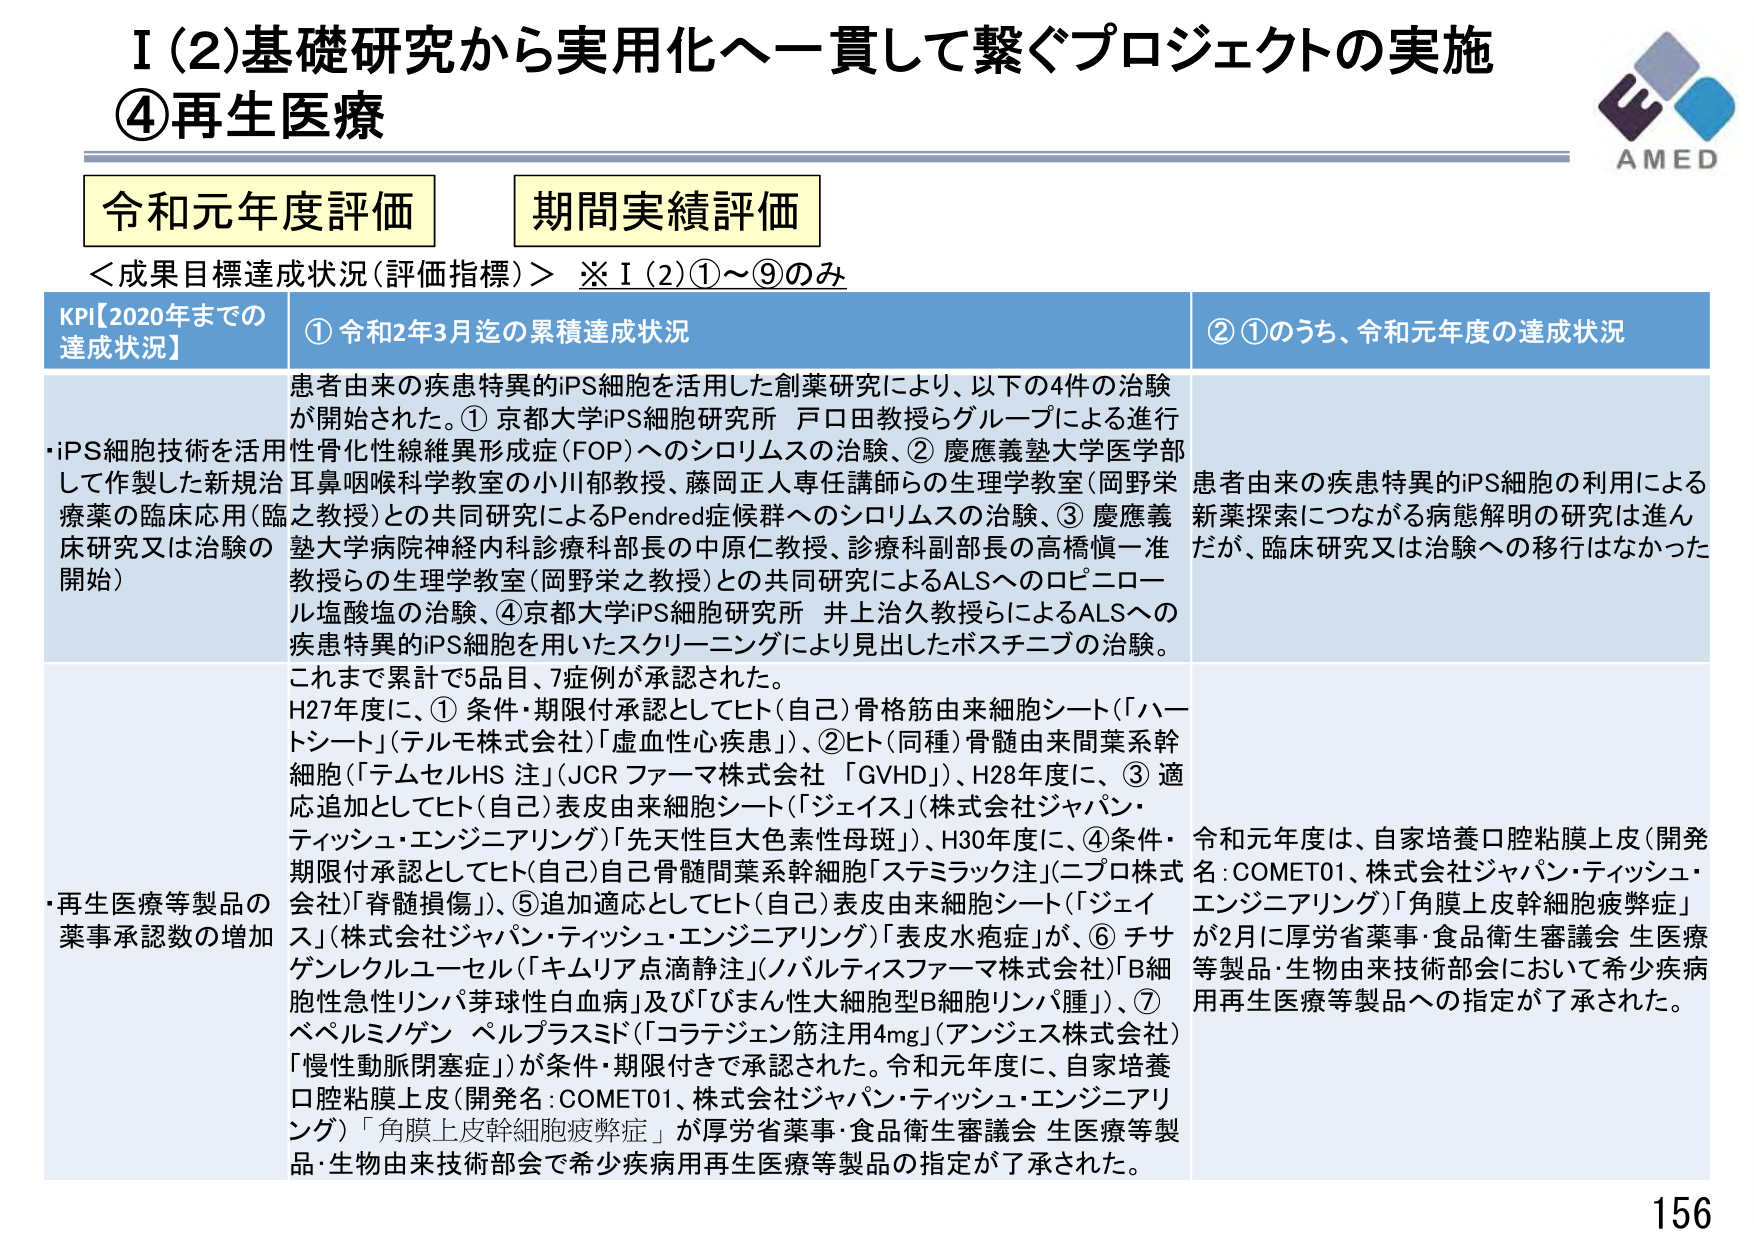
I (2) 基礎研究から実用化へ一貫して繋ぐプロジェクトの実施
④再生医療

AMED

令和元年度評価
期間実績評価

＜成果目標達成状況（評価指標）＞ ※ I (2)①～⑨のみ

KPI【2020年までの達成状況】
① 令和2年3月迄の累積達成状況
② ①のうち、令和元年度の達成状況

・iPS細胞技術を活用して作製した新規治療薬の臨床応用（臨床研究又は治験の開始）
患者由来の疾患特異的iPS細胞を活用した創薬研究により、以下の4件の治験が開始された。① 京都大学iPS細胞研究所 戸口田教授らグループによる進行性骨化性線維異形成症（FOP）へのシロリムスの治験、② 慶應義塾大学医学部耳鼻咽喉科学教室の小川郁教授、藤岡正人専任講師らの生理学教室（岡野栄之教授）との共同研究によるPendred症候群へのシロリムスの治験、③ 慶應義塾大学病院神経内科診療科部長の中原仁教授、診療科副部長の高橋愼一准教授らの生理学教室（岡野栄之教授）との共同研究によるALSへのロピニロール塩酸塩の治験、④ 京都大学iPS細胞研究所 井上治久教授らによるALSへの疾患特異的iPS細胞を用いたスクリーニングにより見出したポスチニブの治験。

患者由来の疾患特異的iPS細胞の利用による新薬探索につながる病態解明の研究は進んだが、臨床研究又は治験への移行はなかった。

これまで累計で5品目、7症例が承認された。
H27年度に、① 条件・期限付承認としてヒト（自己）骨格筋由来細胞シート（「ハートシート」（テルモ株式会社）「虚血性心疾患」）、② ヒト（同種）骨髄由来間葉系幹細胞（「テムセルHS 注」（JCR ファーマ株式会社 「GVHD」）、H28年度に、③ 適応追加としてヒト（自己）表皮由来細胞シート（「ジェイス」（株式会社ジャパン・ティッシュ・エンジニアリング）「先天性巨大色素性母斑」）、H30年度に、④ 条件・期限付承認としてヒト（自己）自己骨髄間葉系幹細胞「ステミラック注」（ニプロ株式会社「脊髄損傷」）、⑤ 追加適応としてヒト（自己）表皮由来細胞シート（「ジェイス」（株式会社ジャパン・ティッシュ・エンジニアリング）「表皮水疱症」）が、⑥ チサゲンレクルユーセル（「キムリア点滴静注」（ノバルティスファーマ株式会社）「B細胞性急性リンパ芽球性白血病」及び「びまん性大細胞型B細胞リンパ腫」）、⑦ ベペルミノゲン ペルプラスミド（「コラテジェン筋注用4mg」（アンジェス株式会社）「慢性動脈閉塞症」）が条件・期限付きで承認された。令和元年度に、自家培養口腔粘膜上皮（開発名：COMET01、株式会社ジャパン・ティッシュ・エンジニアリング）「角膜上皮幹細胞疲弊症」が厚労省薬事・食品衛生審議会 生医療等製品・生物由来技術部会で希少疾病用再生医療等製品の指定が了承された。

・再生医療等製品の薬事承認数の増加
令和元年度は、自家培養口腔粘膜上皮（開発名：COMET01、株式会社ジャパン・ティッシュ・エンジニアリング）「角膜上皮幹細胞疲弊症」が2月に厚労省薬事・食品衛生審議会 生医療等製品・生物由来技術部会において希少疾病用再生医療等製品への指定が了承された。

156